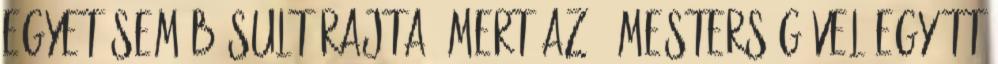
egyet sem búsult rajta, mert az ő mesterségével együtt